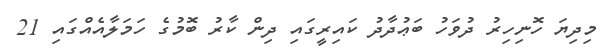
މިދިޔަ ހޮނިހިރު ދުވަހު ބަޢުދާދު ކައިރީގައި ދިން ކާރު ބޮމުގެ ހަމަލާއެއްގައި 21